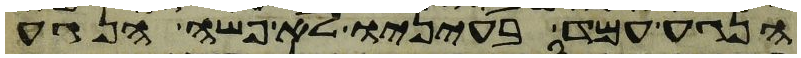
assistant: הנגע עמד בעיניו לא פשה הנגע